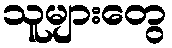
သူများတွေ